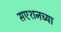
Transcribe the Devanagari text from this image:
सएशनच्या